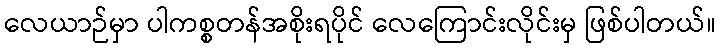
လေယာဉ်မှာ ပါကစ္စတန်အစိုးရပိုင် လေကြောင်းလိုင်းမှ ဖြစ်ပါတယ်။